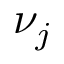
\nu _ { j }